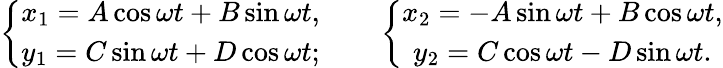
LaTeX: \begin{array}{r}{\left\{ \begin{array}{c}{x_{1}=A\cos\omega t+B\sin\omega t,}\\ {y_{1}=C\sin\omega t+D\cos\omega t;}\end{array}\right.\qquad\left\{ \begin{array}{c}{x_{2}=-A\sin\omega t+B\cos\omega t,}\\ {y_{2}=C\cos\omega t-D\sin\omega t.}\end{array}\right.}\end{array}